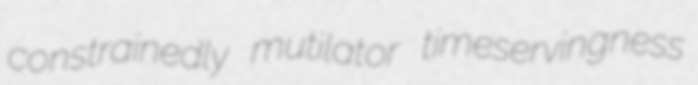
constrainedly mutilator timeservingness